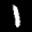
Label: 1